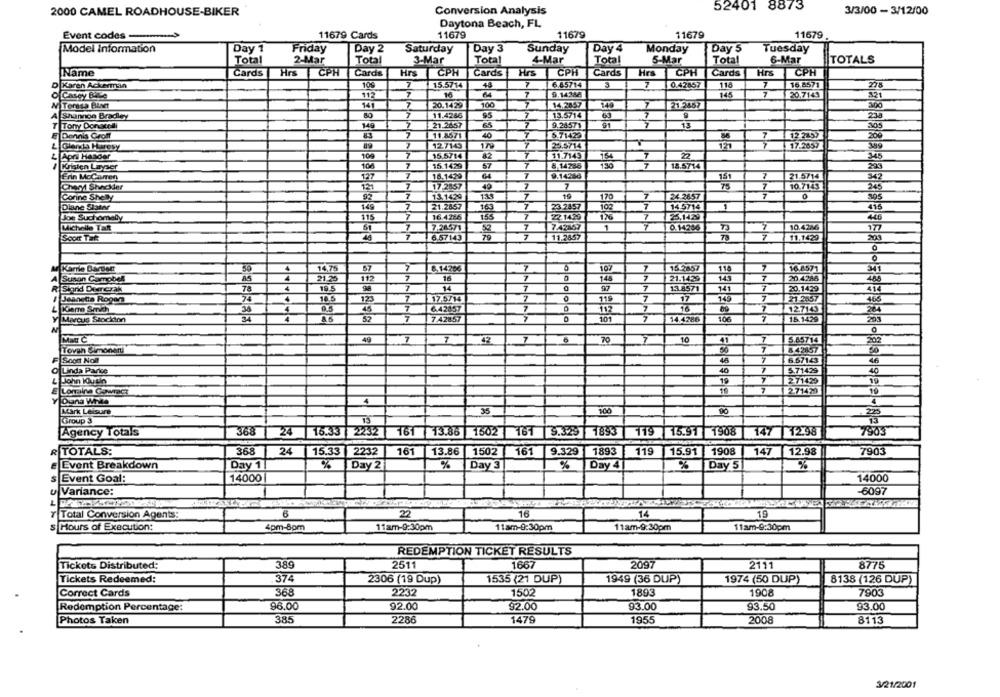
52401 8873
2000 CAMEL ROADHOUSE-BIKER
Conversion Analysis
3/3/00 - 3/12/00
Daytona Beach, FL
Event codes
11679 Cards
11679
11679
11679
11679
Model Information
Day 1
Friday
Day 2
Saturday
Day 3
Sunday
Day 4
Monday
Day 5
Tuesday
Total
2-Mar
Total
3-Mar
Total
4-Mar
Total
5-Mar
Total
6-Mar
TOTALS
Name
Cards
Hrs
CPH
Cards
Hrs
CPH
Cards Hrs CPH
Cards
Hrs
CPH
Cards
Hrs
CPH
109
15.5714
48
7
6.85714
3
0.42857
118
7
16.8571
Karen Ackerman
Casey Bile
112
7
64
7
9.14388
145
20.7143
WTersa BLAet
141
7
20.1429
100
7
14.2857
149
7
21 2467
Shannon Bradley
7
11.4285
95
13.5714
63
7
Tony Donatelli
149
7
21.2657
65
2
9.24571
91
7
13
Dennis Croft
83
7
11.8571
40
12.2157
Glenda Haresy
127145
170
23.5714
17.2657
7
Apr Hasder
100
15.5714
82
$1.7149
2
Kristen Layser
7
15.1429
57
7
8.14785
18.5714
7
Frin Mccarren
127
18.1429
64
9.14286
7
21.5/14
CheMy Shackder
121
17-2857
7
10.7143
245
19
Corine Shelly
13.1429
139
24.2657
Diane Stater
149
21.2857
163
7
23 2857
145716
16.4266
7
102
7
Joe Suchomelly
115
155
Michelle Talt
7.26571
7
7.42367
1
0.14206
10.4236
Scon Tak
6.57143
79
11.2667
11.1429
Karrie Barper
4
14,75
7
8.14206
107
16 2867
7
16.8571
Susan Campbell
21-25
7
16
7
145
7
20.4286
14
21.1429
7
R Stand Demerak
78
4
7
1378571
14
20.1429
I Jeanetta Roger
74
106
12
7
17.6714
119
749
21.2057
0
7
6.42057
112
127143
Marcus Stockton
7
7/42857
101
AAAAAA
34.4.286
7
15.1429
Mas C
49
7
42
7
6
70
10
7
5.85714
202
Tovan Simoneni
50
7
8 42857
Soon Noil
45
6.67143
46
Linda Parce
40
5.71429
L John WOutin
19
271429
19
Longina Cowract
10
271429
Dana White
4
Mark Leisure
35
100
90
Group 3
Agency Totals
368
24 16.33 2232
161 13.86 1502
161 5.329 1893
119 15.91 1908
147 12.98
7905
R TOTALS:
368
24
15.33 2232
161
13.86
1502
161
9.329
1893
119
15.91 1908
147
12.98
7903
Event Breakdown
Day 1
Day 2
%
Day 3
%
Day 4
%
Day 5
%
Event Goal:
14000
14000
u Variance:
-6097
Total Conversion Agents:
6
22
16
14
19
s Hours of Execution:
4pm-Som
11am-9:30pm
11am-9:30pm
11 am-9:30pm
11am-6:30pm
REDEMPTION TICKET RESULTS
389
2511
1667
2097
2111
8775
Tickets Distributed:
Tickets Redeemed:
374
1535 (21 DUP)
1949 (36 DUP)
1974 (50 DUP)
8138 (126 DUP)
2306 (19 Dup)
Correct Cards
368
2232
1502
1893
1908
7903
96.00
92.00
92.00
93.00
93.50
93.00
Redemption Percentage:
Photos Taken
385
2286
1479
1955
2008
8113
3/21/2001